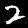
Digit: 2